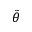
\tilde { \theta }